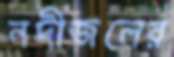
নদীজলের